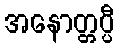
အနောတ္တပ္ပီ